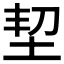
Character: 𡊷